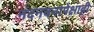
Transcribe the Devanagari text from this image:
नंदनवनापेक्षाही